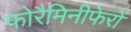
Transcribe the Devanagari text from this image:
फोरैमिनीफेरों